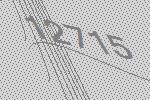
12715